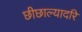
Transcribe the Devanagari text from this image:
छीछाल्यादरि